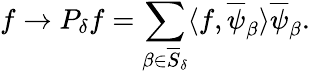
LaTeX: f\rightarrow P_{\delta}f=\sum_{\beta\in\overline{{S}}_{\delta}}\langle f,\overline{{\psi}}_{\beta}\rangle\overline{{\psi}}_{\beta}.